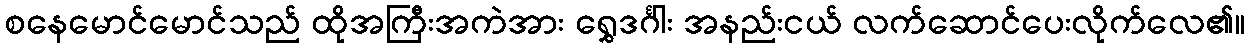
စနေမောင်မောင်သည် ထိုအကြီးအကဲအား ရွှေဒင်္ဂါး အနည်းငယ် လက်ဆောင်ပေးလိုက်လေ၏။